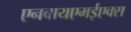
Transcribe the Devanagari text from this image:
एनवायएमईएक्स